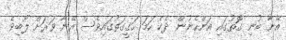
އޭނާ ބުނި ގޮތުގައި އަންހެނުން ދެކެ ހަމަ ހަގީގަތުގައިވެސް އޭނާ ވަރަށް ލޯބިވެ